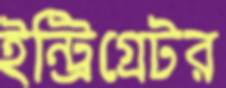
ইন্ট্রিগ্রেটর